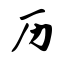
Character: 历